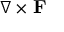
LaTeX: \nabla \times \mathbf { F }